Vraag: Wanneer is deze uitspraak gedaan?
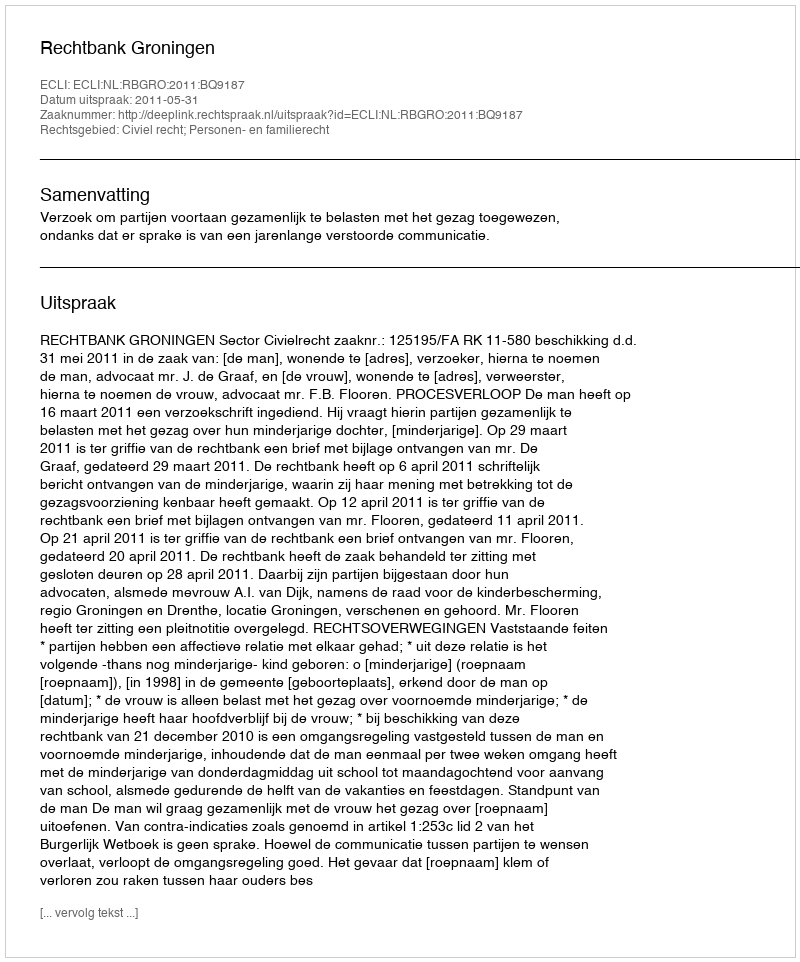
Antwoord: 2011-05-31